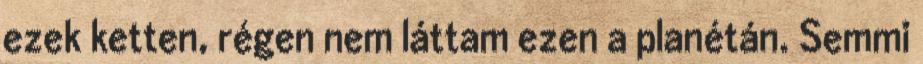
ezek ketten, régen nem láttam ezen a planétán. Semmi